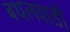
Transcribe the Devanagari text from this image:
बधलवाडी